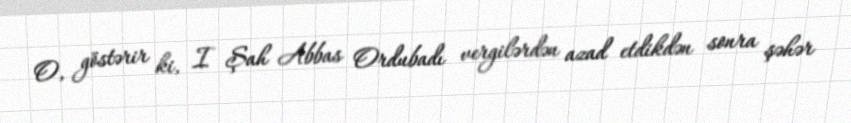
O, göstərir ki, I Şah Abbas Ordubadı vergilərdən azad etdikdən sonra şəhər